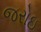
જરોઇ